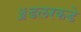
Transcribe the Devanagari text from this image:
ॲडलरकडे